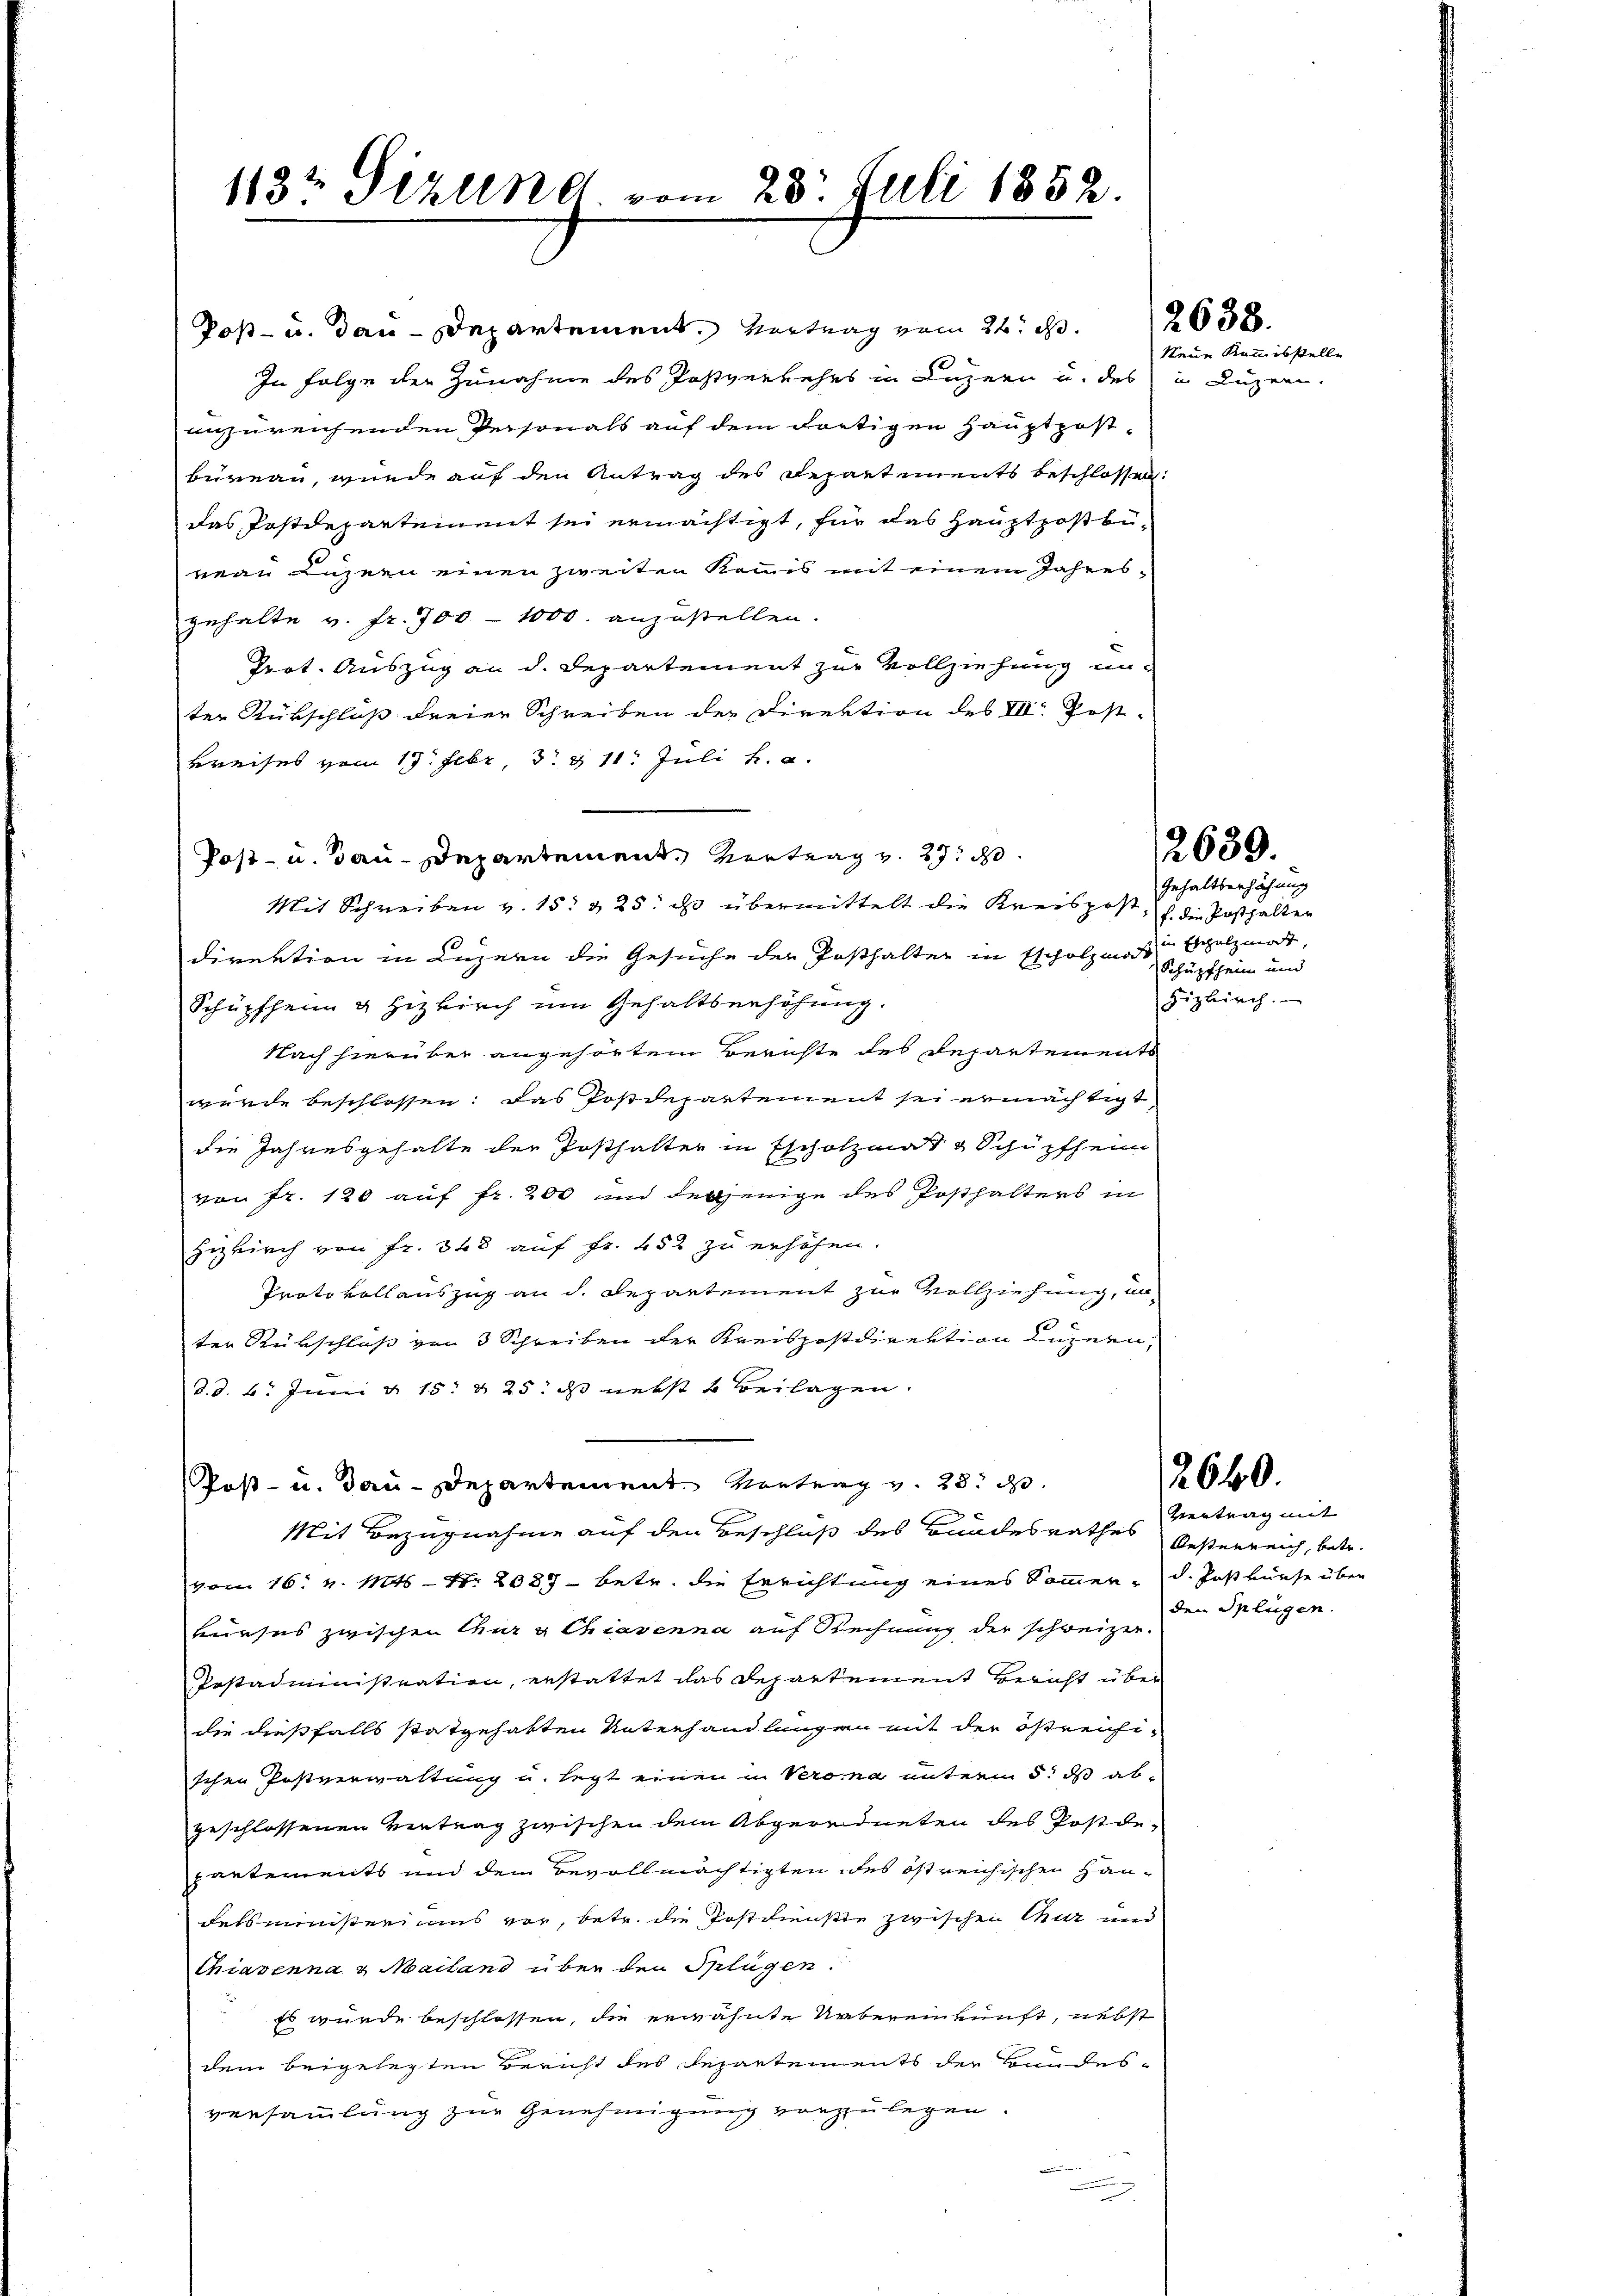
1182 Pizlend, vom 23. Juli 1852.

Poß- u. dan-Departement. Vertrag vom 21. d.
In Folge der Zunahme des Postverkehrs in Luzern u. des in Luzer
anzureichenden Personals auf dem dortigen Hauptpost-
bureau, wurde auf den Antrag des Departements beschlossen.
das Postdepartement sei ermächtigt, für das Hauptpostbüreau Luzern einen zweiten Kommis mit einem Jahresgehalte v. fr. 700 1000. anzustellen.
Prot. Auszug an d. Departement zur Vollziehung unter Rückschluß dreier Schreiben der Direktion des VII. Post-
Breises vom 17. Febr. 3. & 11. Juli h. a.
Post- u. Bau-Departement, Vertrag v. 27. d.
Mit Schreiben v. 15. 325. ds übermittelt die Kreispost, die Posthalten
direktion in Luzern die Gesuche der Posthalter in Escholzma Schüpfheim und
Schüpfheim & Hizkirch um Gehaltserhöhung.
Nach hierüber angehörtem Berichte des Departements
wurde beschlossen: das Postdepartement sei ermächtigt,
die Jahresgehalte der Posthalter in Escholzmat & Schüpfheim
von Fr. 120 auf fr. 200 und derjenige des Posthalters in
Hezkirch von Fr. 348 auf Fr. 452 zu erhöhen.
Protokollauszug an d. Departement zur Vollziehung, un
10
ter Rückschluß von 3 Schreiben der Kreispostdirektion Luzern,
d.d. 6. Juni d. 15. & 25: ds nebst 4 Beilagen.
Post- u. Bau-Departement. Vortrag v. 28. d.
Mit Bezugnahme auf den Beschluß des Bundesrathes
vom 16. v. Mts. – N. 2087 betr. die Errichtung eines Sommer d. Jostkurse über
kurses zwischen Chur g Chiavenna auf Rechnung der schweizer
Pestadministration, erstattet das Departement Bericht über
die dießfalls statgehalten Unterhandlungen mit der östreifischen Postverwaltung u. legt einen in Verona unterm 5. ds abgeschlossenen Vertrag zwischen dem Abgeordneten des Postdepartements und dem Bevollmächtigten des östreichischen Haudetsministeriums vor, betr. die Postdienste zwischen Chur und
Chiavenna u. Mailand über den Splügen.
Es wurde beschlossen, die erwähnte Uebereinkunft, nebst
dem beigelegten Bericht des Departements der Bundesversammlung zur Genehmigung vorzulegen.

2638.
Neue Kommisstelle

2639.

Gehaltberhöhung
in Eschatzmat,
Fizkirch.

2660.

Vertrag mit
Oesterreich, betr.
den Splügen.